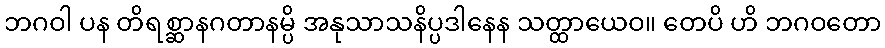
ဘဂဝါ ပန တိရစ္ဆာနဂတာနမ္ပိ အနုသာသနိပ္ပဒါနေန သတ္ထာယေဝ။ တေပိ ဟိ ဘဂဝတော